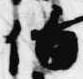
伯